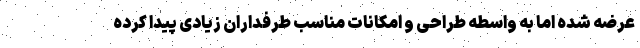
عرضه شده اما به واسطه طراحی و امکانات مناسب طرفداران زیادی پیدا کرده